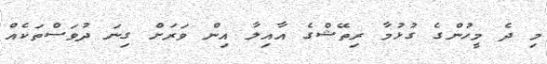
މި ދެ މީހުންގެ ގުޅުމާ ރިތޭޝްގެ އާއިލާ އިން ވަރަށް ގިނަ ދުވަސްތަކެއް